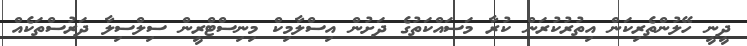
ދީނީ ހޭލުންތެރިކަން އިތުރުކުރަން ކުރާ މަސައްކަތުގެ ދަށުން އިސްލާމިކް މިނިސްޓްރީން ސިލްސިލާ ދަރުސްތަކެއް